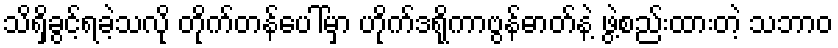
သိရှိခွင့်ရခဲ့သလို တိုက်တန်ပေါ်မှာ ဟိုက်ဒရိုကာဗွန်ဓာတ်နဲ့ ဖွဲ့စည်းထားတဲ့ သဘာဝ